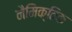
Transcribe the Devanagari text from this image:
नैमिक्तिक